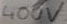
Text: 400V